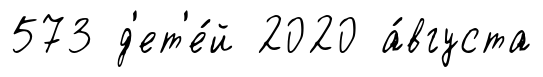
573 д'ет'е́й 2020 а́вгуста